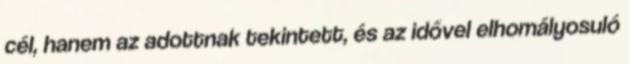
cél, hanem az adottnak tekintett, és az idővel elhomályosuló